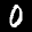
Label: 0